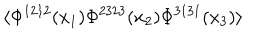
\langle \Phi ^ { 1 2 1 2 } ( x _ { 1 } ) \Phi ^ { 2 3 2 3 } ( x _ { 2 } ) \Phi ^ { 3 1 3 1 } ( x _ { 3 } ) \rangle